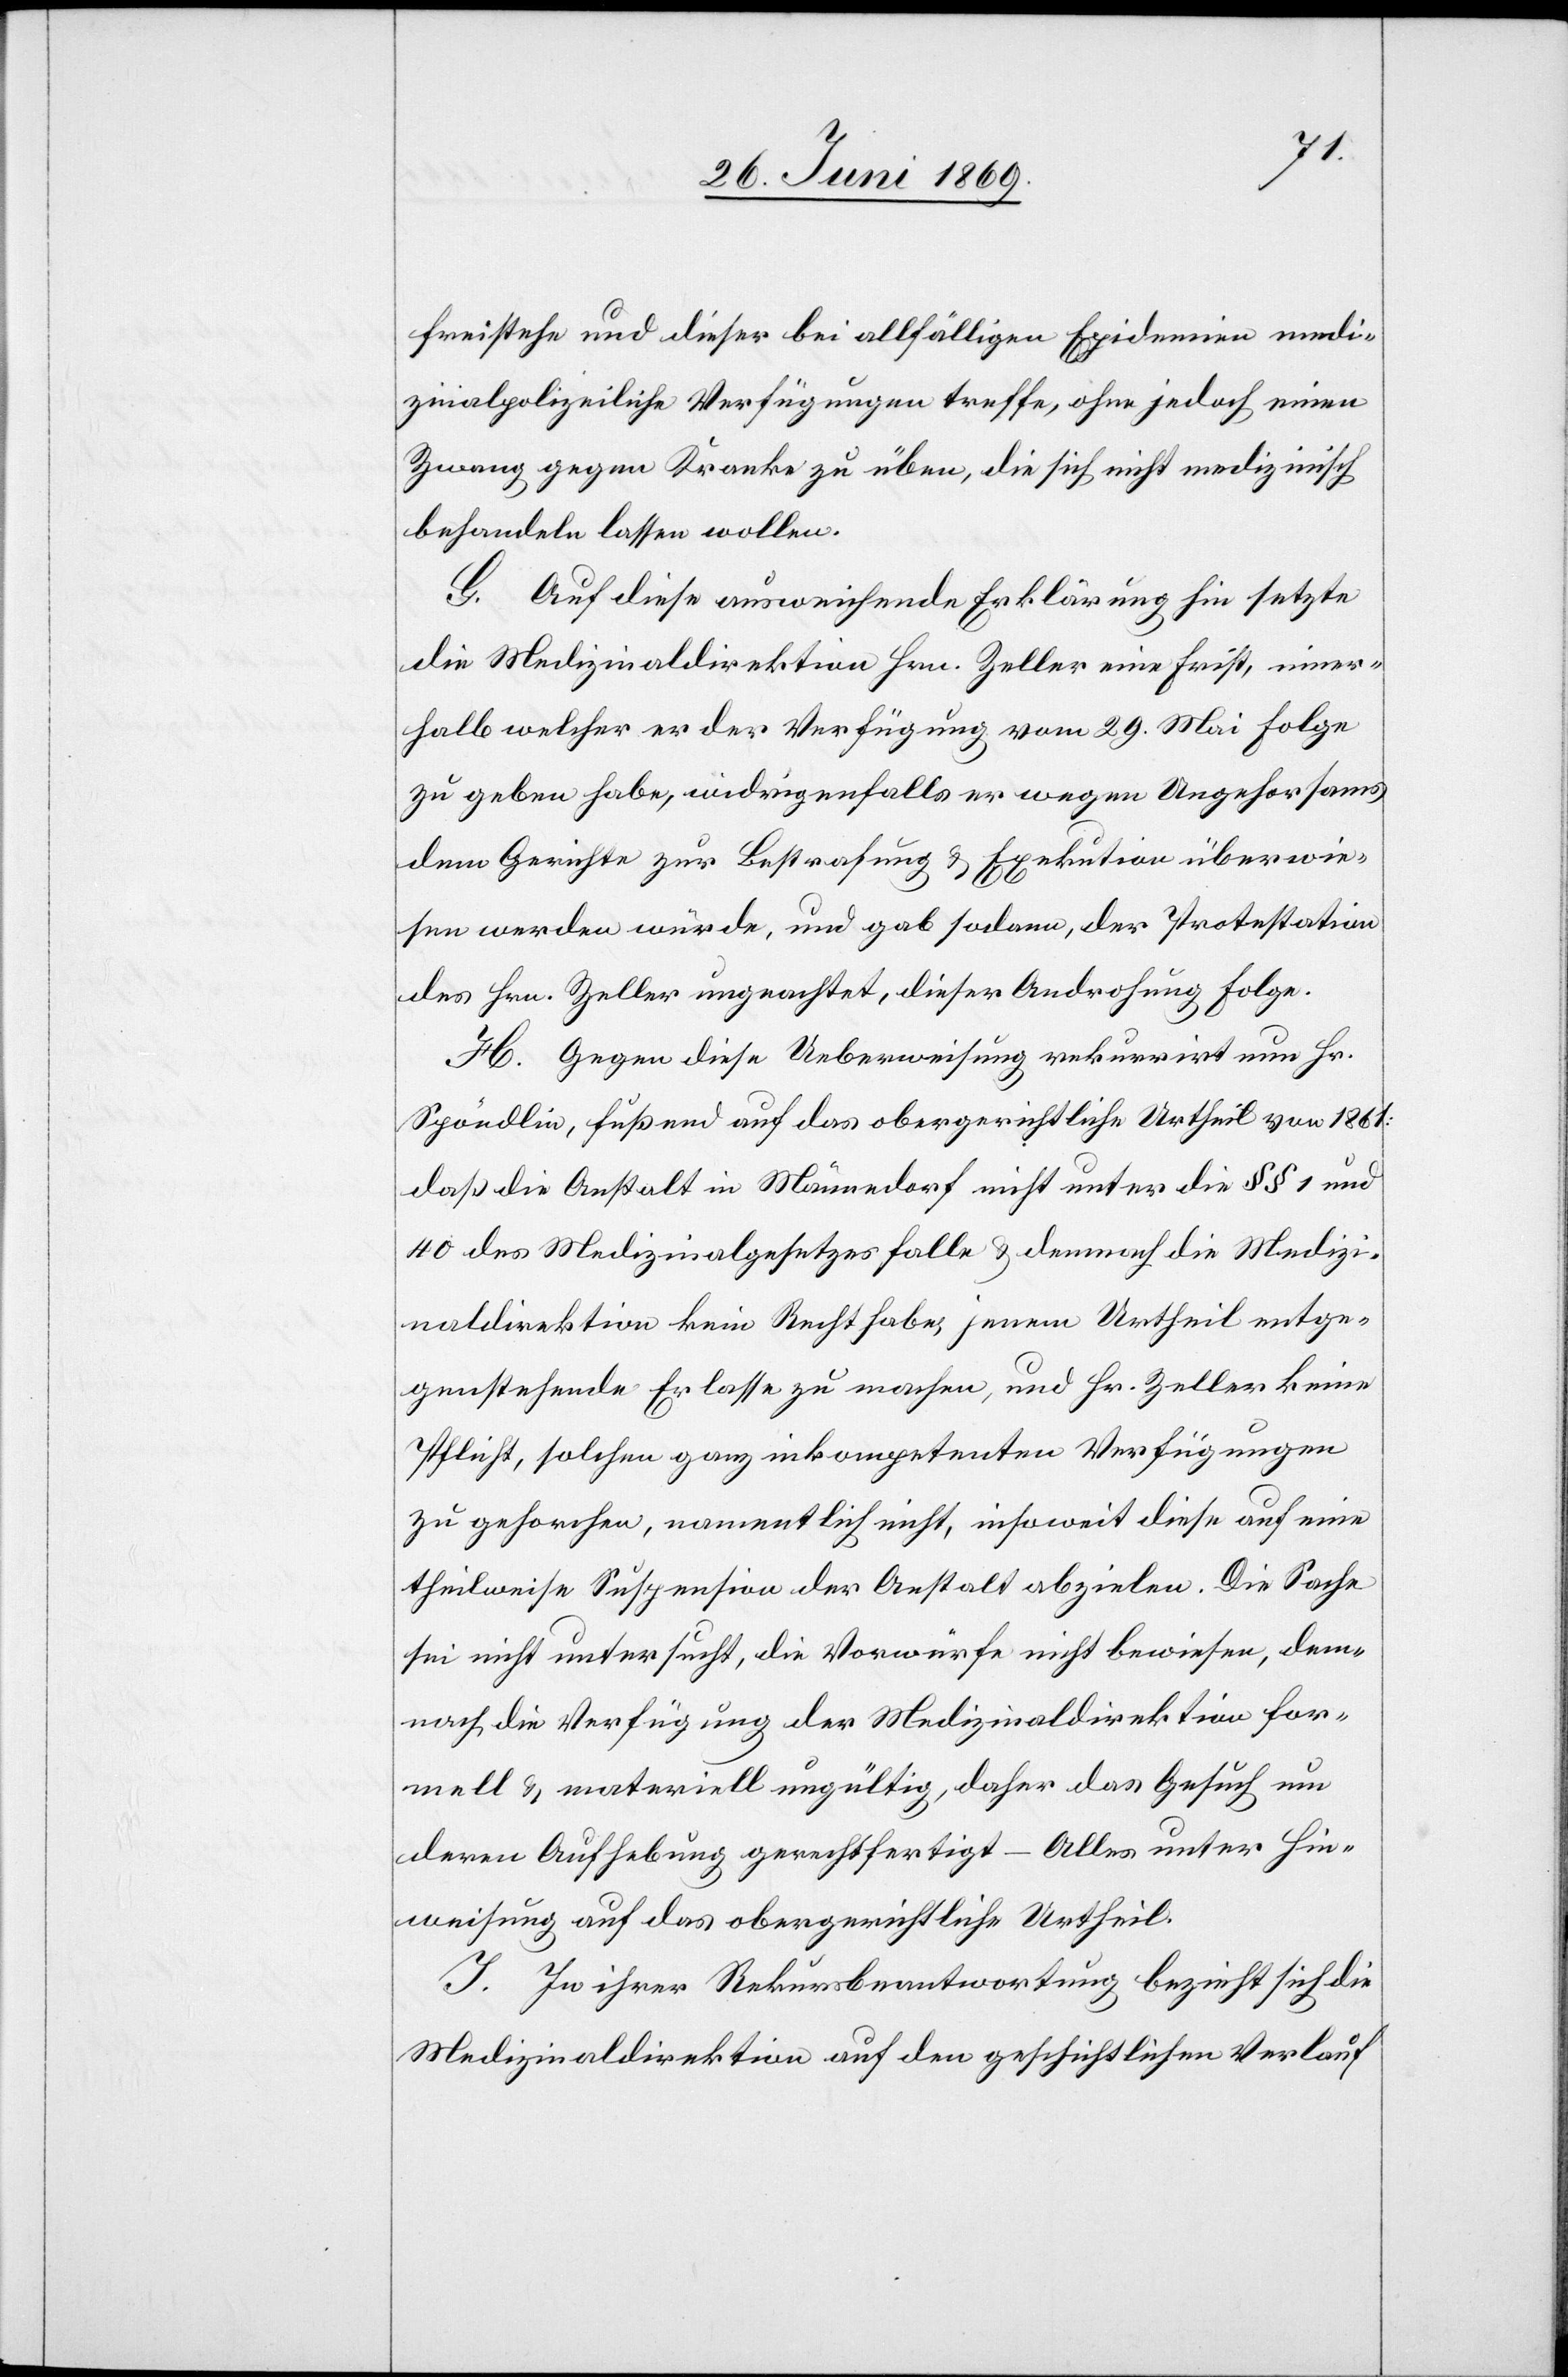
freistehe und dieser bei allfälligen Epidemien medi¬
zinalpolizeiliche Verfügungen treffe, ohne jedoch einen
Zwang gegen Kranke zu üben, die sich nicht medizinisch
behandeln lassen wollen.
G. Auf diese ausweichende Erklärung hin setzte
die Medizinaldirektion Hrn. Zeller eine Frist, inner¬
halb welcher er der Verfügung vom 29 Mai Folge
zu geben habe, widrigenfalls er wegen Ungehorsams
dem Gerichte zur Bestrafung u. Exekution überwie¬
sen werden würde, und gab sodann, der Protestation
des Hrn. Zeller ungeachtet, dieser Androhung Folge.
H. Gegen diese Ueberweisung rekurrirt nun Hr.
Spöndlin, fußend auf das obergerichtliche Urtheil von 1861:
daß die Anstalt in Männedorf nicht unter die §§ 1 und
40 des Medizinalgesetzes falle u. demnach die Medizi¬
naldirektion kein Recht habe, jenem Urtheil entge¬
genstehende Erlasse zu machen, und Hr. Zeller keine
Pflicht, solchen ganz inkompetenten Verfügungen
zu gehorchen, namentlich nicht, insoweit diese auf eine
theilweise Suspension der Anstalt abzielen. Die Sache
sei nicht untersucht, die Vorwürfe nicht bewiesen, dem¬
nach die Verfügung der Medizinaldirektion for¬
mell u. materiell ungültig, daher das Gesuch um
deren Aufhebung gerechtfertigt – Alles unter Hin¬
weisung auf das obergerichtliche Urtheil.
J. In ihrer Rekursbeantwortung bezieht sich die
Medizinaldirektion auf den geschichtlichen Verlauf